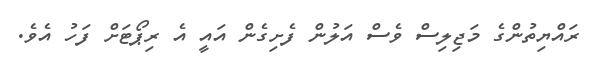
ރައްޔިތުންގެ މަޖިލިސް ވެސް އަލުން ފެށިގެން އައީ އެ ރިޕޯޓަށް ފަހު އެވެ.